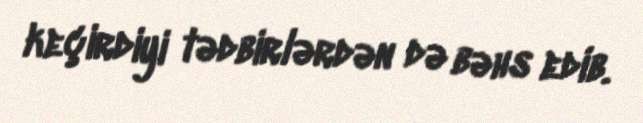
keçirdiyi tədbirlərdən də bəhs edib.